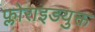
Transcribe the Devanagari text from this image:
फ्लोराइडयुक्त